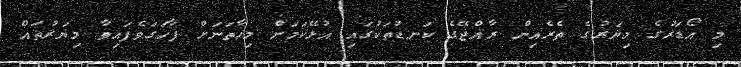
މި އޯޑަރުގެ މިޔަރުގެ ތެރެއިން ރާއްޖޭގެ ކަނޑުތަކުގައި އުޅޭކަމަށް މިހާތަނަށް ފާހަގަވެފައިވާ މިޔަރުތައް